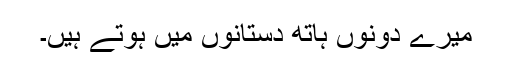
میرے دونوں ہاتھ دستانوں میں ہوتے ہیں۔